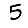
Digit: 5